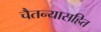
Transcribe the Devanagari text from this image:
चैतन्यासहित